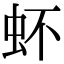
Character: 𧉈